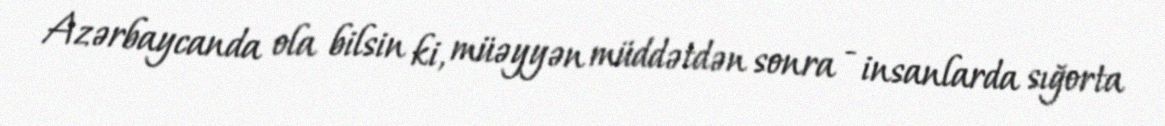
Azərbaycanda ola bilsin ki, müəyyən müddətdən sonra - insanlarda sığorta